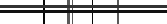
٥